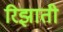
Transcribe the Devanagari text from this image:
रिझाती